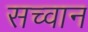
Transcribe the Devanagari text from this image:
सच्वान